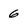
Character: 6